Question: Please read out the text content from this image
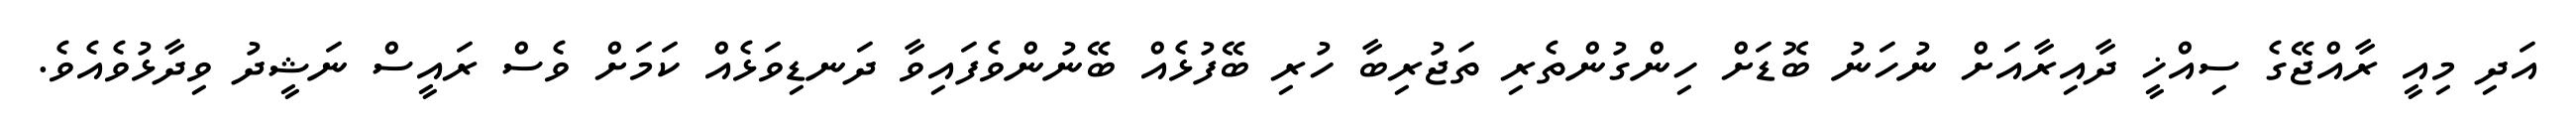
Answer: އަދި މިއީ ރާއްޖޭގެ ސިއްޚީ ދާއިރާއަށް ނުހަނު ބޮޑަށް ހިންގުންތެރި ތަޖުރިބާ ހުރި ބޭފުޅެއް ބޭނުންވެފައިވާ ދަނޑިވަޅެއް ކަމަށް ވެސް ރައީސް ނަޝީދު ވިދާޅުވެއެވެ.